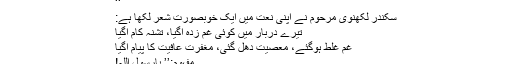
‘‘
سکندر لکھنوی مرحوم نے اپنی نعت میں ایک خوبصورت شعر لکھا ہے:
تیرے دربار میں کوئی غم زدہ آگیا، تشنہ کام آگیا
غم غلَط ہوگئے، معصیت دُھل گئی، مغفرت عافیت کا پیام آگیا
مفہوم:’’ یارسول اللہ!